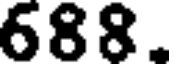
688.